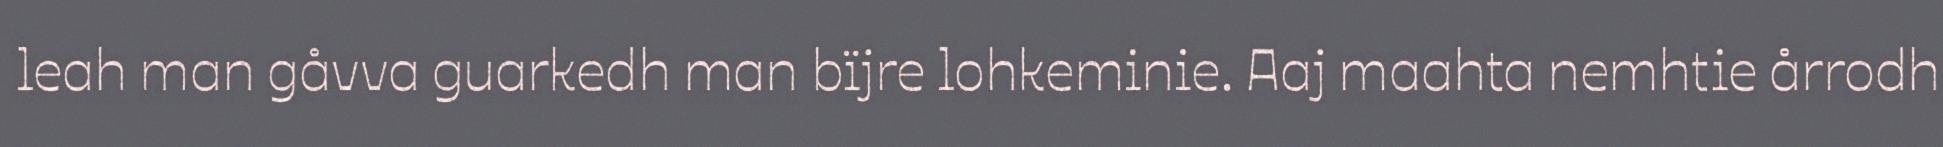
leah man gåvva guarkedh man bïjre lohkeminie. Aaj maahta nemhtie årrodh